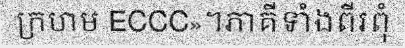
ក្រហម ECCC»។ភាគីទាំងពីរពុំ